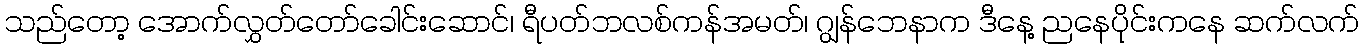
သည်တော့ အောက်လွှတ်တော်ခေါင်းဆောင်၊ ရီပတ်ဘလစ်ကန်အမတ်၊ ဂျွန်ဘေနာက ဒီနေ့ ညနေပိုင်းကနေ ဆက်လက်